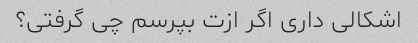
اشکالی داری اگر ازت بپرسم چی گرفتی؟